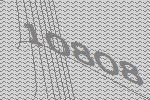
10808